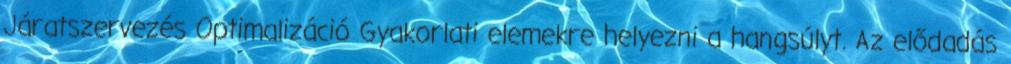
Járatszervezés Optimalizáció Gyakorlati elemekre helyezni a hangsúlyt. Az elődadás